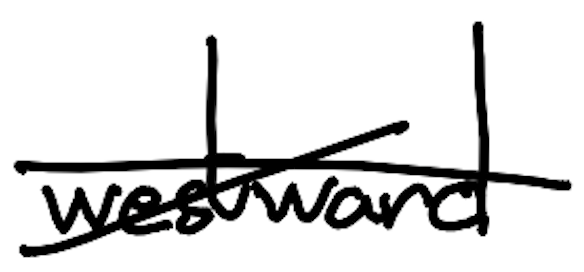
Text: westward
Cross-out: cross
Writing tool: digital_black